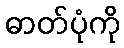
ဓာတ်ပုံကို